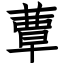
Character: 蕈